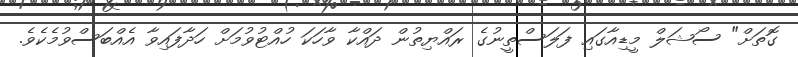
ގޮތަށް" ސޯޝަލް މީޑިއާގައި ފަލަސްތީނުގެ ރައްޔިތުން ދައްކާ ވާހަކަ ހުއްޓުވުމަށް ހަދާފައިވާ އެއްބަސްވުމެކެވެ.